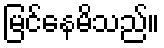
မြင်နေမိသည်။